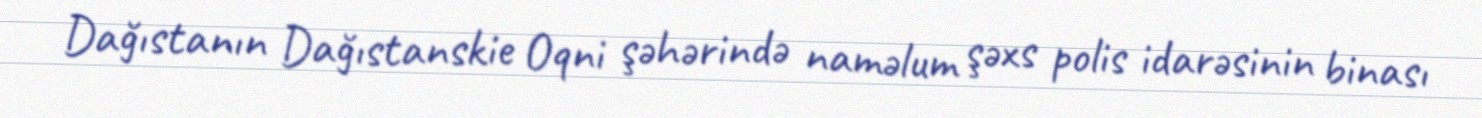
Dağıstanın Dağıstanskie Oqni şəhərində naməlum şəxs polis idarəsinin binası